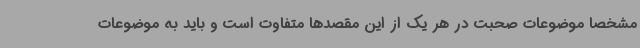
مشخصا موضوعات صحبت در هر یک از این مقصدها متفاوت است و باید به موضوعات